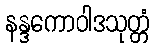
နန္ဒကောဝါဒသုတ္တံ